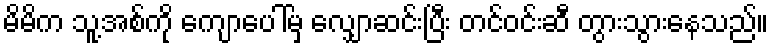
မိမိက သူ့အစ်ကို ကျောပေါ်မှ လျှောဆင်းပြီး တင်ဝင်းဆီ တွားသွားနေသည်။